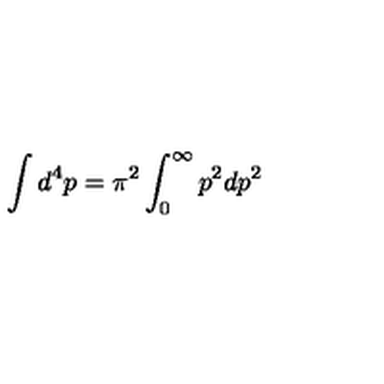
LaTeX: \int d ^ { 4 } p = \pi ^ { 2 } \int _ { 0 } ^ { \infty } p ^ { 2 } d p ^ { 2 }